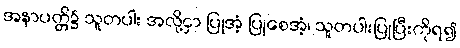
အနာပတ္တိ၌ သူတပါး အလို့ငှာ ပြုအံ့ ပြုစေအံ့၊ သူတပါးပြုပြီးကိုရ၍